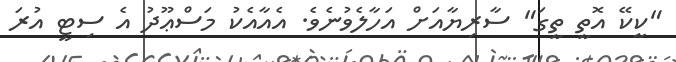
"ކީކޭ އޮތީ ތީގަ" ސާރިޔާއަށް އަހާލެވުނެވެ. އެއާއެކު މަސްޢޫދު އެ ސިޓީ އުރަ